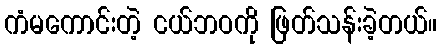
ကံမကောင်းတဲ့ ငယ်ဘဝကို ဖြတ်သန်းခဲ့တယ်။